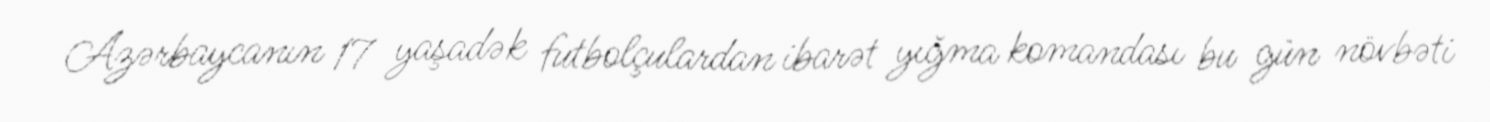
Azərbaycanın 17 yaşadək futbolçulardan ibarət yığma komandası bu gün növbəti